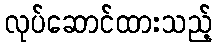
လုပ်ဆောင်ထားသည့်